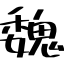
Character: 魏